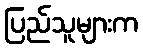
ပြည်သူများက